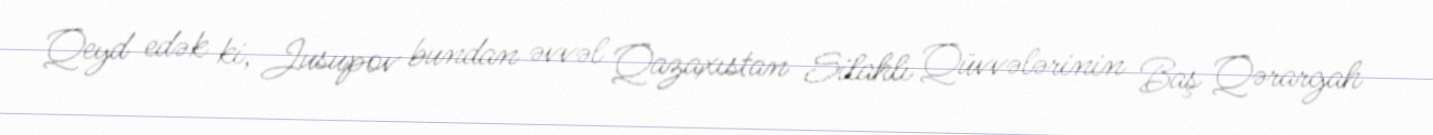
Qeyd edək ki, Jusupov bundan əvvəl Qazaxıstan Silahlı Qüvvələrinin Baş Qərargah